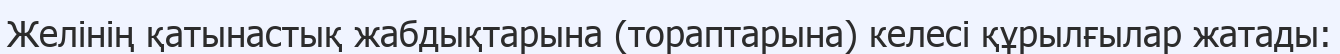
Желінің қатынастық жабдықтарына (тораптарына) келесі құрылғылар жатады: